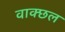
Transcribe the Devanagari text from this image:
वाक्छल